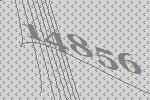
14856